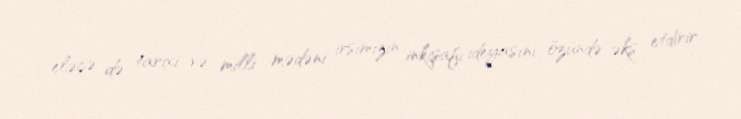
eləcə də tarixi və milli mədəni irsimizin inkişafı ideyasını özündə əks etdirir.